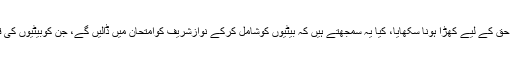
اس شخص کی بیٹی ہیں جس نے انہیں حق کے لیے کھڑا ہونا سکھایا، کیا یہ سمجھتے ہیں کہ بیٹیوں کوشامل کرکے نوازشریف کوامتحان میں ڈالیں گے، جن کوبیٹیوں کی قدرنہیں وہ یہ باتیں نہیں سمجھ سکتے۔